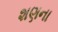
શણના